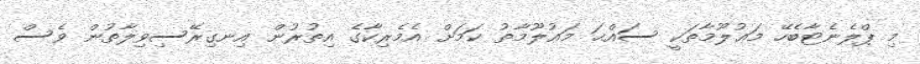
މި ޕްލެނެޓާބެހޭ މަޢުލޫމާތަކީ ސައްޙަ މަޢުލޫމާތު ކަމަށް އެމެރިކާގެ އިތުރުން އިނގިރޭސިވިލާތުން ވެސް